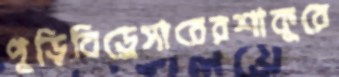
পুড়িবিড্রেসারেরশাকুরে